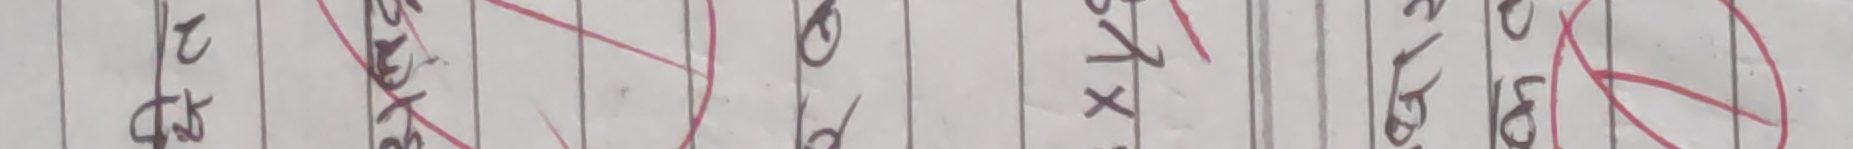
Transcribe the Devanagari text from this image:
पार्टी छ।